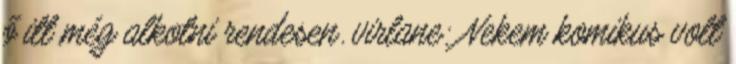
ő itt még alkotni rendesen. virlane: Nekem komikus volt